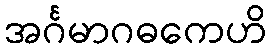
အင်္ဂမာဂဓကေဟိ